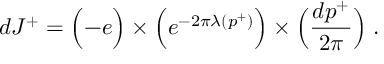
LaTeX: d J ^ { + } = \Bigl ( - e \Bigr ) \times \Bigl ( e ^ { - 2 \pi \lambda ( p ^ { + } ) } \Bigr ) \times \Bigl ( { \frac { d p ^ { + } } { 2 \pi } } \Bigr ) \; .